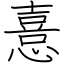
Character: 憙